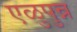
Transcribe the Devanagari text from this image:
एळुपुन्न